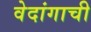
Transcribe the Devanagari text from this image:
वेदांगाची